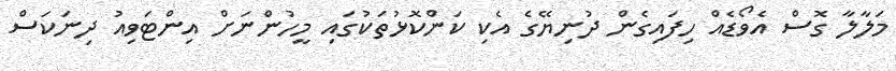
މަލާލާ ގޮސް އެވޯޑެއް ހިފައިގެން ދުނިޔޭގެ އެކި ކަންކޮޅުތަކުގައި މީހުންނަށް އިންޓަވިއު ދިނަކަސް